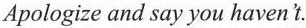
Apologize and say you haven´t.